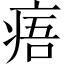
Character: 痦